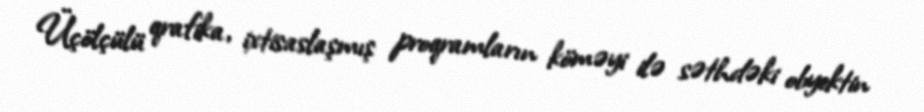
Üçölçülü qrafika, ixtisaslaşmış proqramların köməyi ilə səthdəki obyektin